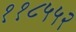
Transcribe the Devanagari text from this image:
११८५५२